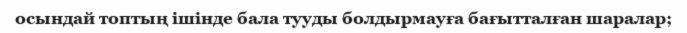
осындай топтың ішінде бала тууды болдырмауға бағытталған шаралар;